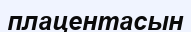
плацентасын